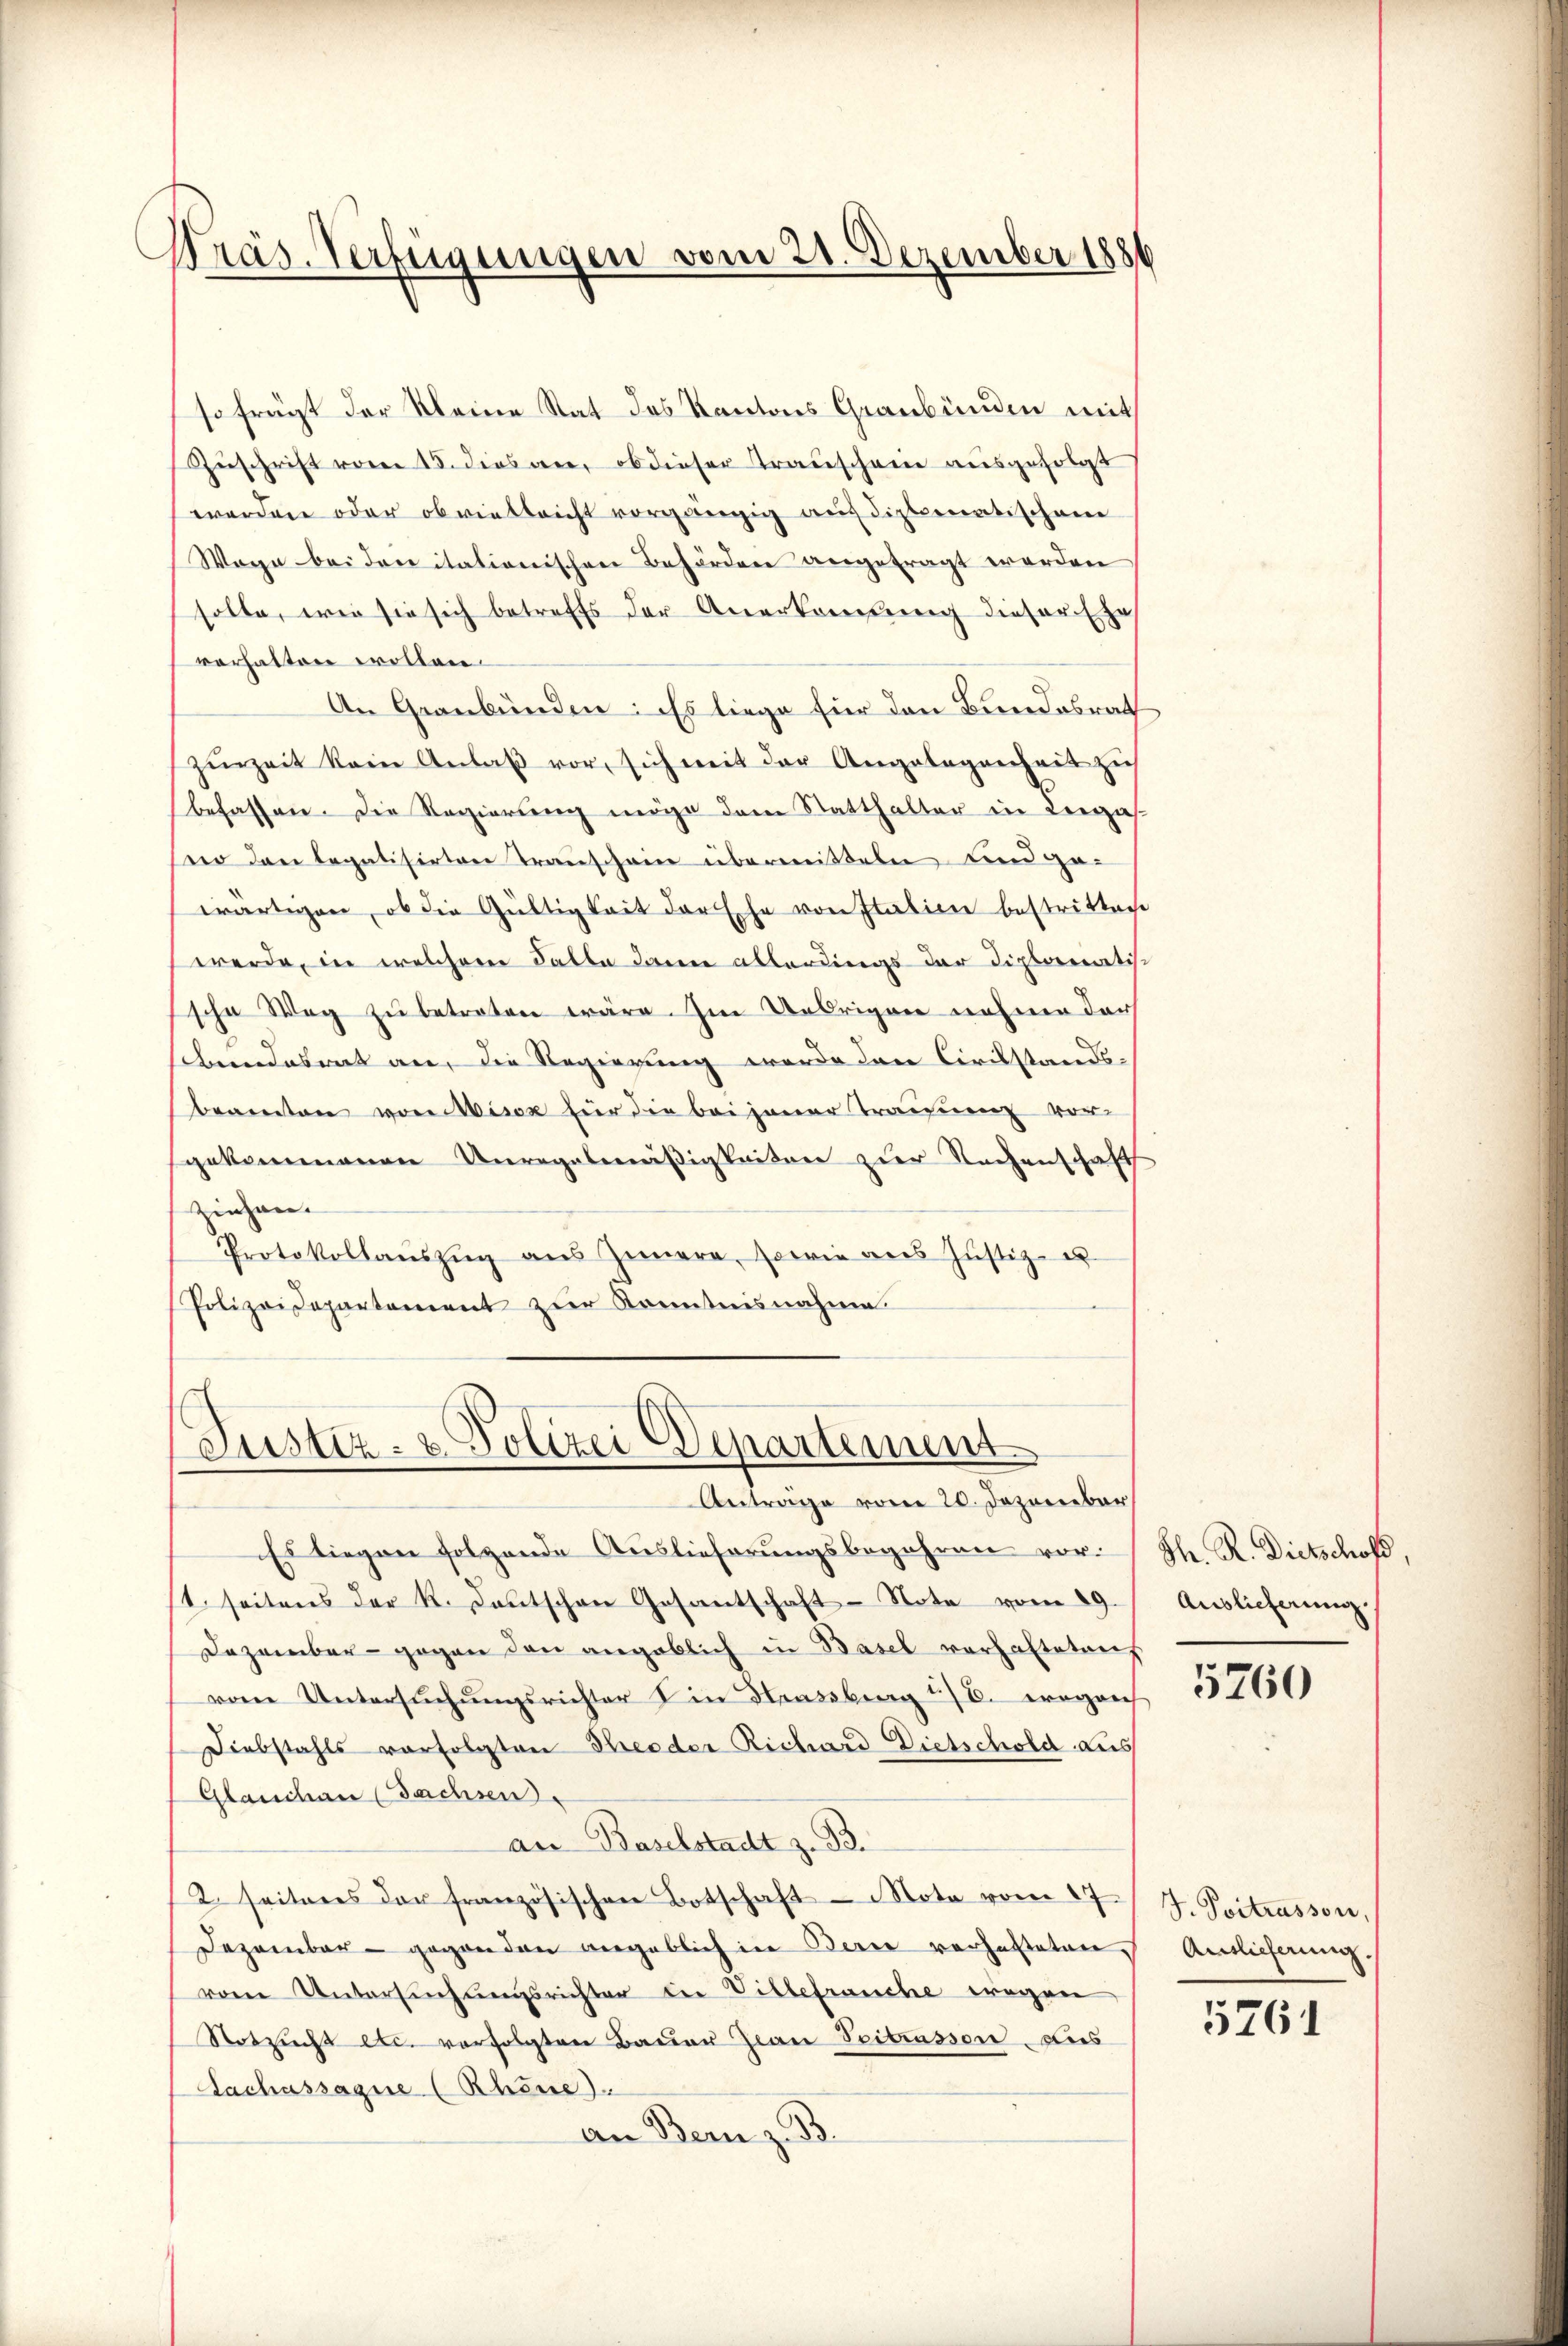
Präs. Verfügungen vom 21. Dezember 1886

so frägt der Kleine Stat des Kantons Graubünden mit
Zuschrift vom 15. dies an, ob dieser Trauschein ausgefolgt
werden oder ob vielleicht vorgängig auf diplomatischene
Wege beideritationischen Behörden angetragt werden
solle, wie sie sich betreffs der Anerkonsung dieser Ehe
verhalten wollen.
An Graubünden: Es liege für den Bundesrath
zŭrzeit kein Anlaβ vor, sich mit der Angelegenheit zu
befassen. Die Regierung möge dem Statthalter in Lenzah
seer den legalisirten Transchain übermitteln und ge-
wärtigen, ob die Gültigkeit der Ehe von Italien bestritten
werde, in welchem Falle dann allerdings der Diplomatis
sche Weg zu betreten wäre. Im Uebrigen nahme der
sbundesrat an, die Regierung werde der Civilstands-
beamten von Misox für die bei jener Trauung vorgekommenen Unregelmäßigkeiter zur Sachenschaft
ziehen.
Protokollaŭszŭg ans Ziera, sowie aus Justiz- u
Polizeidepartement zur Kenntnisnahme.

Justiz- & Polizei Departement
Anträge vom 20. Dezember

Es liegen folgende Auslieferungsbegehren vor¬
1. seitens der K. Lautschen Gesantschaft - Nota vom 29.
Dezember - gegen den angeblich in Basel vorhalteten
vom Untersŭchŭngsrichter in Strassburg 1/6. ergan
Diebstahls vorfolgten Breeder Richard Dietschold aus
Glanschau (Sachsen
an Baselstadt z. B.
2 seiteres der französischen Botschaft - Nota vom 17.
Dezember - gegenden angeblich in Berne verhalteten
vom Untersŭchŭngsrichter der Villefrauche wegen
Notzucht etc. verfolgten Bauer Jwan Seitrasson, dies
Lachassagie (Rhöne
An Bern z. B.

Sh. R. Dietschofs,
Auslieferung.

5760

J. Postrasson,
Ainlicherung.

5761